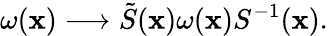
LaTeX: \omega(\mathbf{x})\longrightarrow\tilde{{S}}(\mathbf{x})\omega(\mathbf{x})S^{-1}(\mathbf{x}).